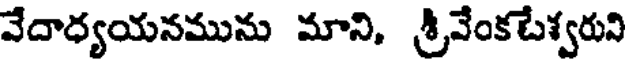
వేదాధ్యయనమును మాని, శ్రీవేంకటేశ్వరుని